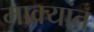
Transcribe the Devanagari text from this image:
माक्यांत